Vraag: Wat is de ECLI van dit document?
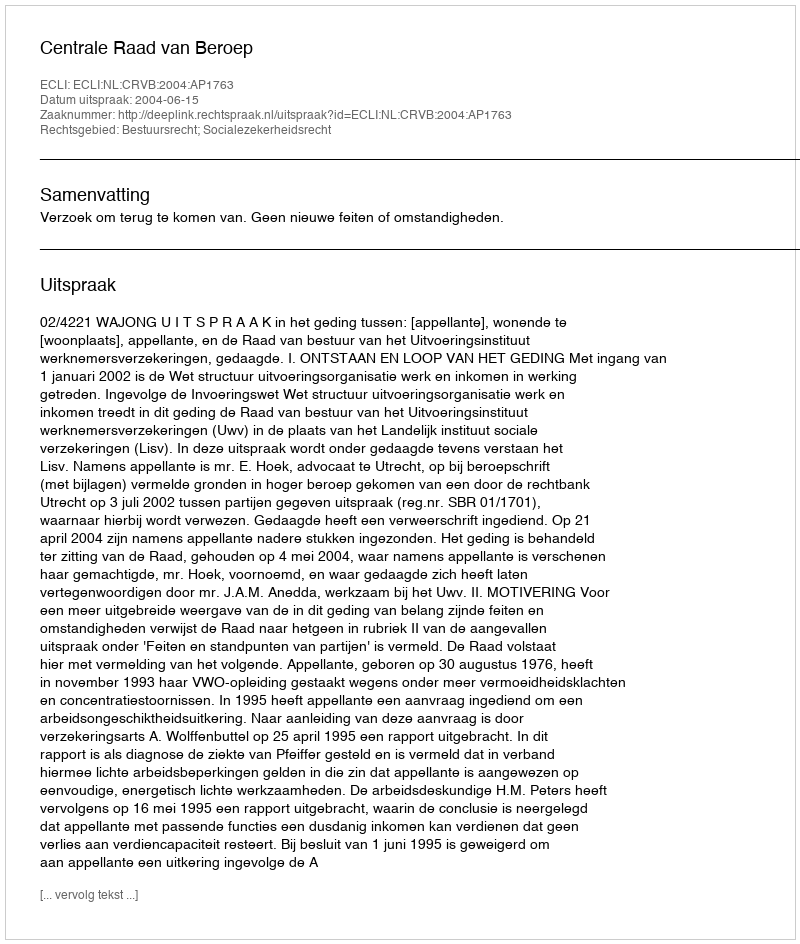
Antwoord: ECLI:NL:CRVB:2004:AP1763